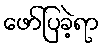
ဖော်ပြခဲ့ရာ